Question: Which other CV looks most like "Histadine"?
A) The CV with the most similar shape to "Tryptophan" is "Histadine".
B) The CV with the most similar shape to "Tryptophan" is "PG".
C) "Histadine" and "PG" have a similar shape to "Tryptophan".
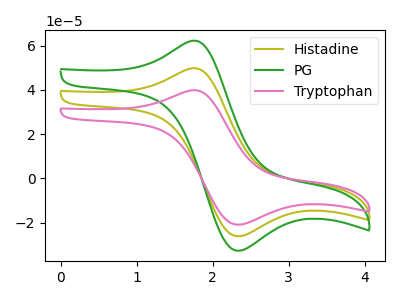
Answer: <think>The olive curve "Histadine" has an anodic peak at (1.70V, 49.60uA) and a cathodic peak at (2.30V, -26.15uA). The green curve "PG" has an anodic peak at (1.70V, 99.25uA) and a cathodic peak at (2.30V, -52.30uA). The pink curve "Tryptophan" has an anodic peak at (1.70V, 39.70uA) and a cathodic peak at (2.30V, -20.95uA).
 All the peaks in "Histadine" have a peak in "PG" at the same potential. Every peak in "Histadine" is lower than every peak in "PG". All the peaks in "Histadine" have a peak in "Tryptophan" at the same potential. Every peak in "Histadine" is higher than every peak in "Tryptophan". All the peaks in "PG" have a peak in "Tryptophan" at the same potential. Every peak in "PG" is higher than every peak in "Tryptophan".</think>
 <answer>C) "Histadine" and "PG" have a similar shape to "Tryptophan".</answer>
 <eval>C</eval>